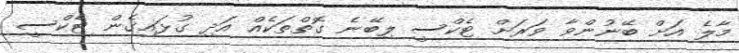
މާލެ އަށް ބޭނުންވާ ވަރަށް ޓެކްސީ ލިބޭނެ ގޮތްތަކެއް އަދި ގުޅައިގެން ޓެކްސީ